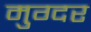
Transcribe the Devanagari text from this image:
मुग्दर